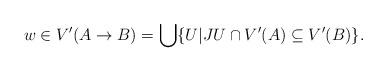
LaTeX: \begin{align*}w \in V'(A \rightarrow B)=\bigcup\{U| JU \cap V'(A) \subseteq V'(B)\}.\end{align*}